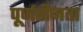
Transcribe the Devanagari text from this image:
पूर्णहीनता